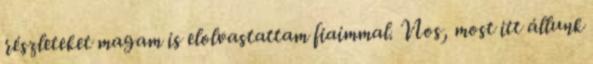
részleteket magam is elolvastattam fiaimmal. Nos, most itt állunk